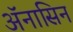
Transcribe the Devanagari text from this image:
ॲनासिन